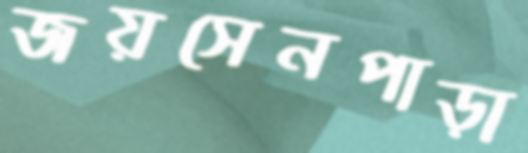
জয়সেনপাড়া